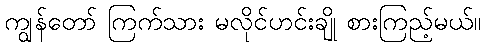
ကျွန်တော် ကြက်သား မလိုင်ဟင်းချို စားကြည့်မယ်။